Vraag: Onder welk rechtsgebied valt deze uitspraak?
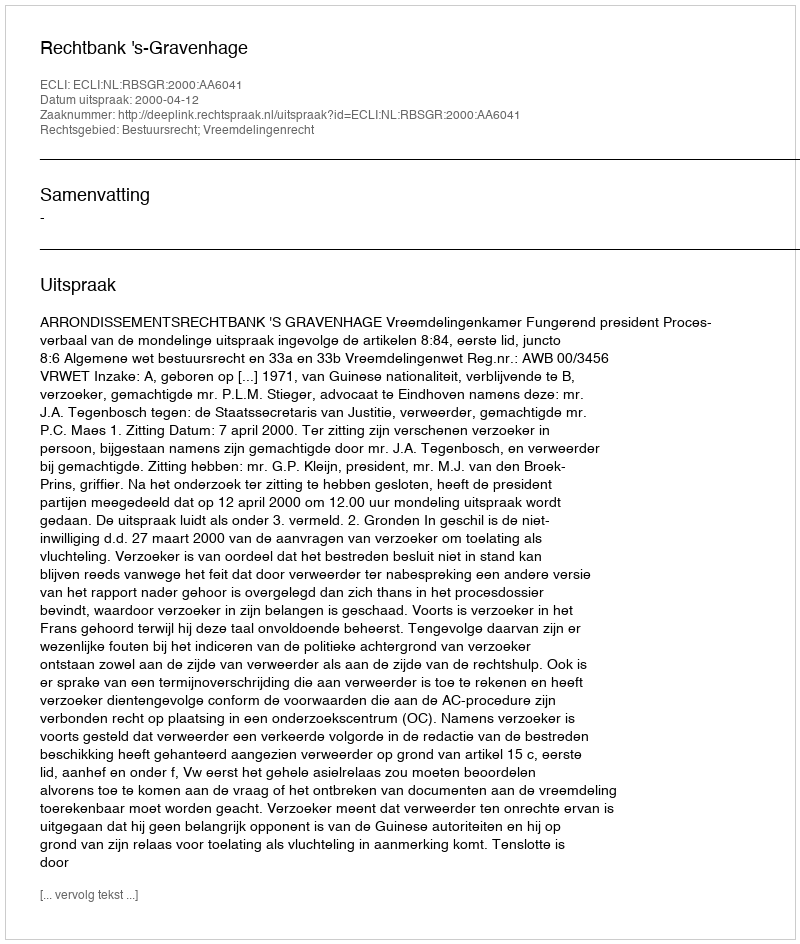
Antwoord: Bestuursrecht; Vreemdelingenrecht